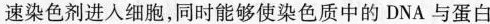
速染色剂进入细胞，同时能够使染色质中的DNA与蛋白